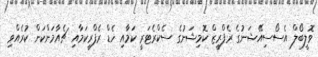
ވޮލީބޯލް އެސޯސިއޭޝަނުގެ ރެފްރީޒް ކޮމިޝަނުގެ ސެކްރެޓަރީ ކަމާއި ހެޑް ރެފްރީކަމާއި ޗެއާމަންކަން ކުރެއްވި